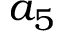
a _ { 5 }